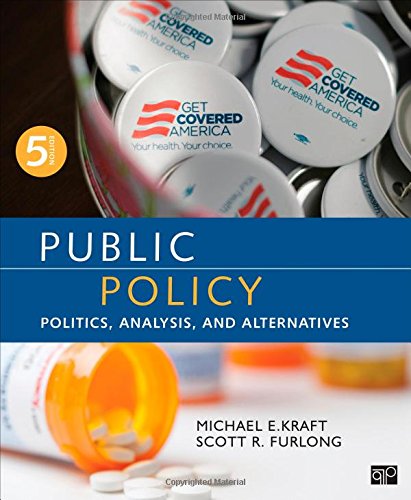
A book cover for Public Policy; Politics, Analysis, and Alternatives; Politics & Social Sciences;